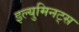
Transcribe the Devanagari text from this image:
इल्युमिनट्स